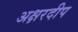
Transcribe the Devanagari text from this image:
अक्षरदीप